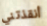
أنقذتني